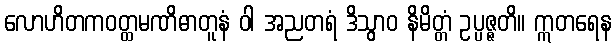
လောဟိတကဝတ္ထမဏိဓာတူနံ ဝါ အညတရံ ဒိသွာဝ နိမိတ္တံ ဥပ္ပဇ္ဇတိ။ ဣတရေန